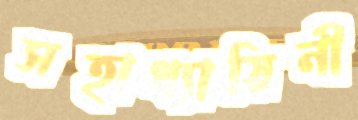
সহাধ্যায়িনী